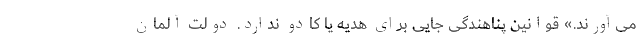
می‌آورند.» قوانین پناهندگی جایی برای هدیه یا کادو ندارد. دولت آلمان